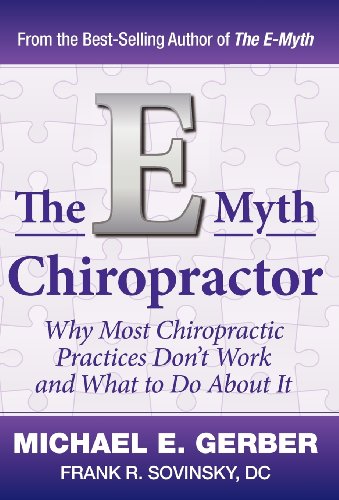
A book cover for The E-Myth Chiropractor; Michael E. Gerber; Medical Books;